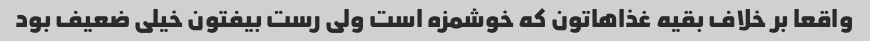
واقعا بر خلاف بقیه غذاهاتون که خوشمزه است ولی رست بیفتون خیلی ضعیف بود